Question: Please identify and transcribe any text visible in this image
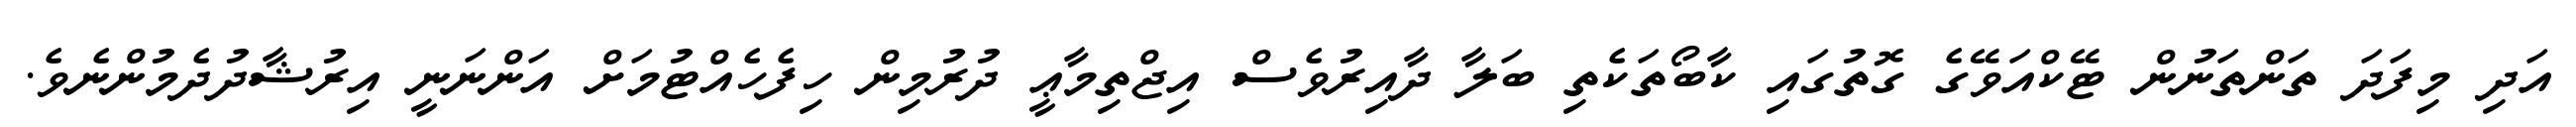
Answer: އަދި މިފަދަ ތަންތަނުން ޓޭކްއަވޭގެ ގޮތުގައި ކާބޯތަކެތި ބަލާ ދާއިރުވެސް އިޖްތިމާޢީ ދުރުމިން ހިފެހެއްޓުމަށް އަންނަނީ އިރުޝާދުދެމުންނެވެ.